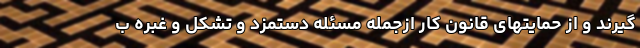
گیرند و از حمایتهای قانون کار ازجمله مسئله دستمزد و تشکل و غبره ب